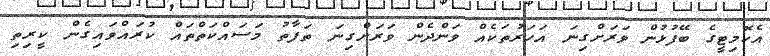
އެކޮމިޓީގެ ބޭފުޅުން ވަރަށްގިނަ އަހަރުތަކެއް ވަންދެން ވަރަށްގިނަ ތަފާތު މަސައްކަތްތައް ކުރައްވައިގެން ކީރިތި